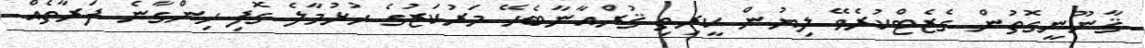
ޤާނޫނީގޮތުން ގެޒެޓްކުރެވޭ ލިޔުން ކީރިތި ޤުރްއާނާބެހޭ މަރުކަޒުގެ ހުޅުމާލެ ގޮފި ހިންގާނެ ފަރާތެއް